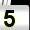
Digit: 5